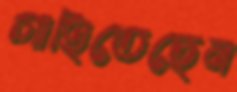
গাহিতেছেন